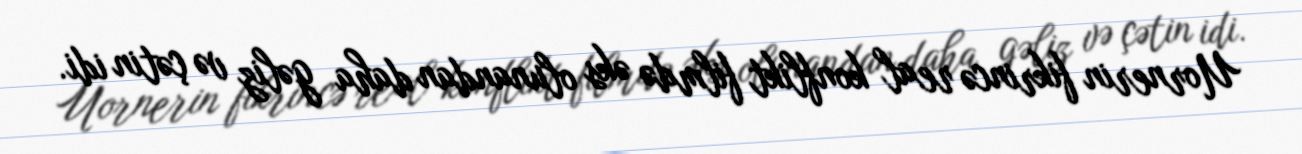
Uornerin fikrincə real konflikt filmdə əks olunandan daha gəliz və çətin idi.